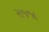
સજજા